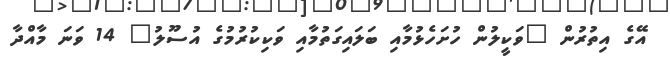
އޭގެ އިތުރުން "ވަކީލުން ހުށަހެޅުމާއި ބަލައިގަތުމާއި ވަކިކުރުމުގެ އުސޫލު" 14 ވަނަ މާއްދާ